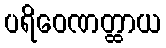
ပရိဝေဏတ္ထာယ